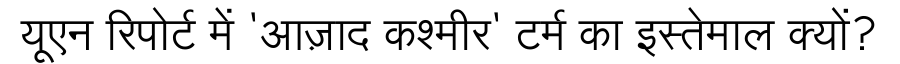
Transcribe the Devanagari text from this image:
यूएन रिपोर्ट में 'आज़ाद कश्मीर' टर्म का इस्तेमाल क्यों?